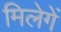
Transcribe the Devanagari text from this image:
मिलेगें